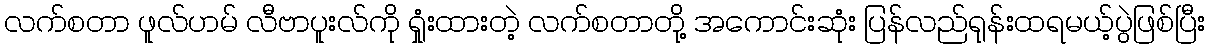
လက်စတာ ဖူလ်ဟမ် လီဗာပူးလ်ကို ရှုံးထားတဲ့ လက်စတာတို့ အကောင်းဆုံး ပြန်လည်ရုန်းထရမယ့်ပွဲဖြစ်ပြီး